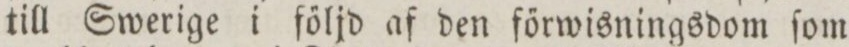
till Swerige i följd af den förwisningsdom ſom